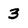
Character: 3